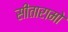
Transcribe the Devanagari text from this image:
सीतारामो